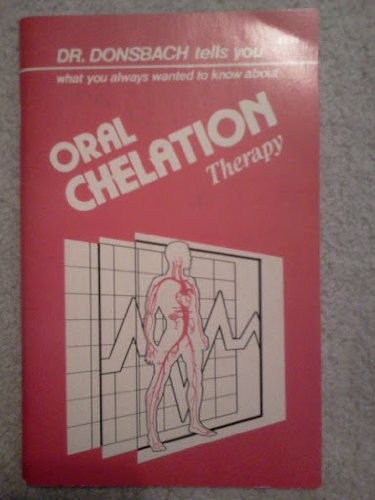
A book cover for Oral Chelation Therapy; Kurt W. Donsbach; Health, Fitness & Dieting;